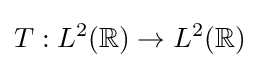
T:L^{2}(\mathbb {R} )\to L^{2}(\mathbb {R} )